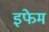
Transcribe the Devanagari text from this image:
इफेम